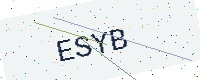
Text: ESYB